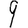
Digit: 9